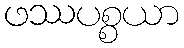
ဖဿပစ္စယာ